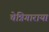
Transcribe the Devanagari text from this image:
चेन्निगाराया